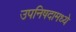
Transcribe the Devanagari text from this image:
उपनिषदामध्ये